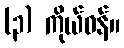
(၃) ကိုယ်ဝန်။